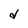
Character: d